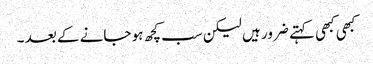
کبھی کبھی کہتے ضرور ہیں لیکن سب کچھ ہو جانے کے بعد ۔